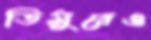
তিমুরেও